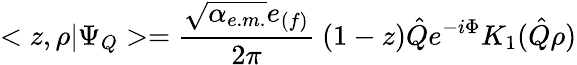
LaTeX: <z,\rho|\Psi_{Q}>=\frac{\sqrt{\alpha_{e.m.}}e_{(f)}}{2\pi}\ (1-z)\hat{Q}e^{-i\Phi}K_{1}(\hat{Q}\rho)